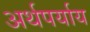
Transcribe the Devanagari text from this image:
अर्थपर्याय